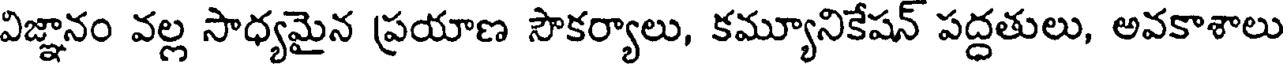
విజ్ఞానం వల్ల సాధ్యమైన ప్రయాణ సౌకర్యాలు, కమ్యూనికేషన్ పద్దతులు, అవకాశాలు